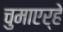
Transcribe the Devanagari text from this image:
चुमाएर्हे